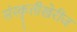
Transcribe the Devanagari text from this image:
संस्कृतीखेरीज